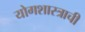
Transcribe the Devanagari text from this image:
योगशास्त्राची